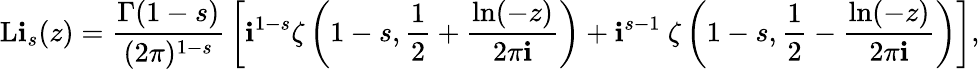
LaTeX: \operatorname{L\mathbf{i}}_{s}(z)={\frac{{\Gamma(1-s)}}{{(2\pi)^{1-s}}}}\left[\mathbf{i}^{1-s}\zeta\left(1-s,{\frac{{1}}{{2}}}+{\frac{{\ln(-z)}}{{2\pi\mathbf{i}}}}\right)+\mathbf{i}^{s-1}~\zeta\left(1-s,{\frac{{1}}{{2}}}-{\frac{{\ln(-z)}}{{2\pi\mathbf{i}}}}\right)\right],